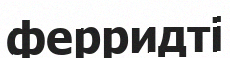
ферридті